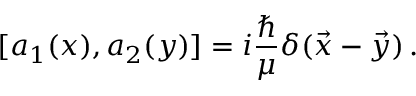
[ a _ { 1 } ( x ) , a _ { 2 } ( y ) ] = i { \frac { \hbar } { \mu } } \delta ( \vec { x } - \vec { y } ) \, .